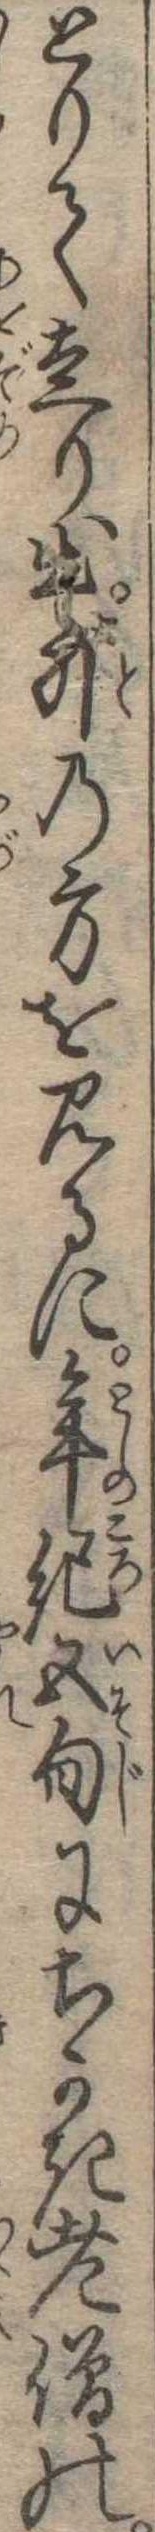
とりて走り出外の方を見るに年紀五旬にちかき老僧の